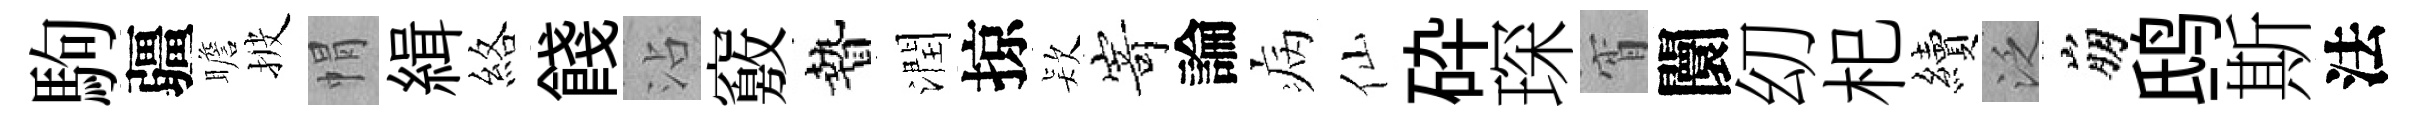
駒疆瞻披㡌緝絡餞沾竅贄潤掠𣣇𭔃論病仙砕琛宵闤㓜𣏌續泛崩鸱斯法